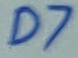
Text: D7